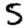
Digit: 5